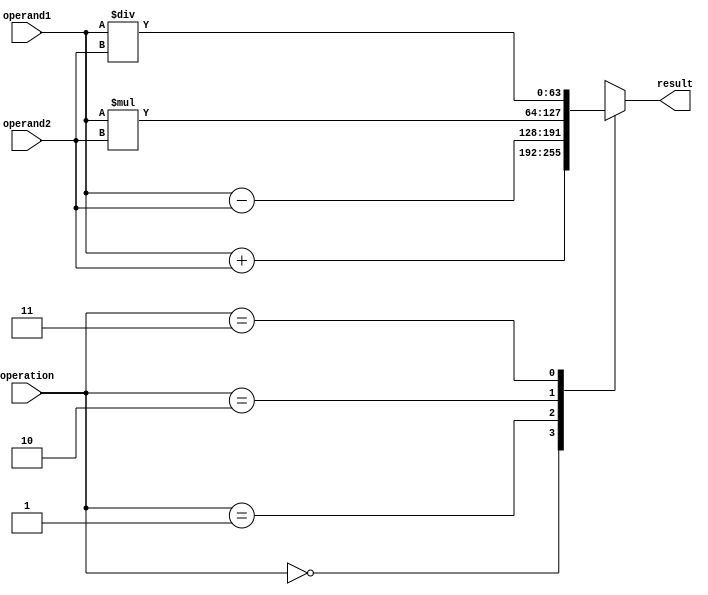
module floating_point_arithmetic_unit(
    input [63:0] operand1, // input operand 1
    input [63:0] operand2, // input operand 2
    input [2:0] operation, // operation selection (0: addition, 1: subtraction, 2: multiplication, 3: division)
    output reg [63:0] result // output result
);

always @(*) begin
    case(operation)
        0: result = operand1 + operand2; // addition
        1: result = operand1 - operand2; // subtraction
        2: result = operand1 * operand2; // multiplication
        3: result = operand1 / operand2; // division
        default: result = 64'hx; // default value for invalid operation
    endcase
end

endmodule